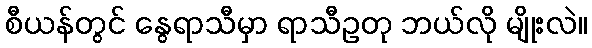
စီယန်တွင် နွေရာသီမှာ ရာသီဥတု ဘယ်လို မျိုးလဲ။